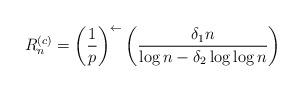
LaTeX: \begin{align*} R_n^{(c)} = \left(\frac{1}{p}\right)^{\leftarrow} \left( \frac{\delta_1 n}{\log n - \delta_2 \log \log n} \right)\end{align*}